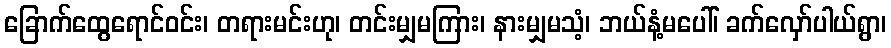
ခြောက်ထွေရောင်ဝင်း၊ တရားမင်းဟု၊ တင်းမျှမကြား၊ နားမျှမသံ့၊ ဘယ်နံ့မပေါ်၊ ခက်လှော်ပါယ်ရွာ၊